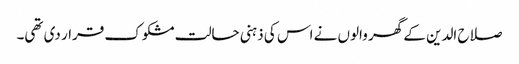
صلاح الدین کے گھر والوں نے اس کی ذہنی حالت مشکوک قرار دی تھی۔